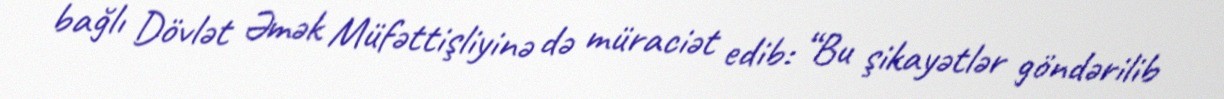
bağlı Dövlət Əmək Müfəttişliyinə də müraciət edib: “Bu şikayətlər göndərilib